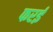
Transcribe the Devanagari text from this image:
फरई